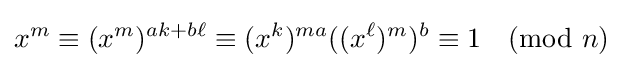
x^{m}\equiv (x^{m})^{ak+b\ell }\equiv (x^{k})^{ma}((x^{\ell })^{m})^{b}\equiv 1{\pmod {n}}